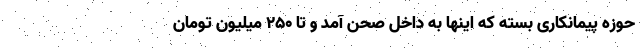
حوزه پیمانکاری بسته که اینها به داخل صحن آمد و تا ۲۵۰ میلیون تومان